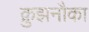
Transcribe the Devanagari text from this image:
क्रुझनौका